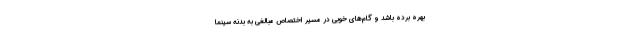
بهره برده باشد و گام‌های خوبی در مسیر اختصاص مبالغی به بدنه سینما